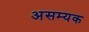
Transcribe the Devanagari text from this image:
असम्यक